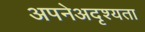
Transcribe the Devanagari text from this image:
अपनेअदृश्यता